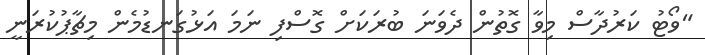
"ވޯޓު ކަރުދާސް މިވާ ގޮތުން ދެވަނަ ބުރަކަށް ގޮސްފި ނަމަ އަޅުގަނޑުމެން މިޗާޕުކުރަނީ